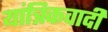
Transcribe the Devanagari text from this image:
यांत्रिकवादी